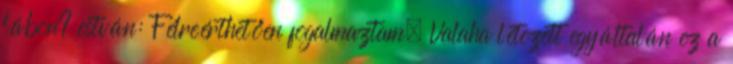
lábon? estván: Félreérthetően fogalmaztam. Valaha létezett egyáltalán ez a